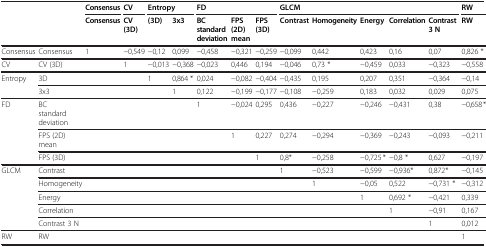
<table><thead><tr><td rowspan="2"><b> </b></td><td rowspan="2"><b> </b></td><td><b>Consensus</b></td><td><b>CV</b></td><td colspan="2"><b>Entropy</b></td><td colspan="3"><b>FD</b></td><td colspan="5"><b>GLCM</b></td><td><b>RW</b></td></tr><tr><td><b>Consensus</b></td><td><b>CV (3D)</b></td><td><b>(3D)</b></td><td><b>3x3</b></td><td><b>BC standard deviation</b></td><td><b>FPS (2D) mean</b></td><td><b>FPS (3D)</b></td><td><b>Contrast</b></td><td><b>Homogeneity</b></td><td><b>Energy</b></td><td><b>Correlation</b></td><td><b>Contrast 3 N</b></td><td><b>RW</b></td></tr></thead><tbody><tr><td>Consensus</td><td>Consensus</td><td>1</td><td>−0,549</td><td>−0,12</td><td>0,099</td><td>−0,458</td><td>−0,321</td><td>−0,259</td><td>−0,099</td><td>0,442</td><td>0,423</td><td>0,16</td><td>0,07</td><td>0,826 *</td></tr><tr><td>CV</td><td>CV (3D)</td><td> </td><td>1</td><td>−0,013</td><td>−0,368</td><td>−0,023</td><td>0,446</td><td>0,194</td><td>−0,046</td><td>0,73 *</td><td>−0,459</td><td>0,033</td><td>−0,323</td><td>−0,558</td></tr><tr><td rowspan="2">Entropy</td><td>3D</td><td> </td><td> </td><td>1</td><td>0,864 *</td><td>0,024</td><td>−0,082</td><td>−0,404</td><td>−0,435</td><td>0,195</td><td>0,207</td><td>0,351</td><td>−0,364</td><td>−0,14</td></tr><tr><td>3x3</td><td> </td><td> </td><td> </td><td>1</td><td>0,122</td><td>−0,199</td><td>−0,177</td><td>−0,108</td><td>−0,259</td><td>0,183</td><td>0,032</td><td>0,029</td><td>0,075</td></tr><tr><td rowspan="3">FD</td><td>BC standard deviation</td><td> </td><td> </td><td> </td><td> </td><td>1</td><td>−0,024</td><td>0,295</td><td>0,436</td><td>−0,227</td><td>−0,246</td><td>−0,431</td><td>0,38</td><td>−0,658 *</td></tr><tr><td>FPS (2D) mean</td><td> </td><td> </td><td> </td><td> </td><td> </td><td>1</td><td>0,227</td><td>0,274</td><td>−0,294</td><td>−0,369</td><td>−0,243</td><td>−0,093</td><td>−0,211</td></tr><tr><td>FPS (3D)</td><td> </td><td> </td><td> </td><td> </td><td> </td><td> </td><td>1</td><td>0,8*</td><td>−0,258</td><td>−0,725 *</td><td>−0,8 *</td><td>0,627</td><td>−0,197</td></tr><tr><td rowspan="5">GLCM</td><td>Contrast</td><td> </td><td> </td><td> </td><td> </td><td> </td><td> </td><td> </td><td>1</td><td>−0,523</td><td>−0,599</td><td>−0,936*</td><td>0,872*</td><td>−0,145</td></tr><tr><td>Homogeneity</td><td> </td><td> </td><td> </td><td> </td><td> </td><td> </td><td> </td><td> </td><td>1</td><td>−0,05</td><td>0,522</td><td>−0,731 *</td><td>−0,312</td></tr><tr><td>Energy</td><td> </td><td> </td><td> </td><td> </td><td> </td><td> </td><td> </td><td> </td><td> </td><td>1</td><td>0,692 *</td><td>−0,421</td><td>0,339</td></tr><tr><td>Correlation</td><td> </td><td> </td><td> </td><td> </td><td> </td><td> </td><td> </td><td> </td><td> </td><td> </td><td>1</td><td>−0,91</td><td>0,167</td></tr><tr><td>Contrast 3 N</td><td> </td><td> </td><td> </td><td> </td><td> </td><td> </td><td> </td><td> </td><td> </td><td> </td><td> </td><td>1</td><td>0,012</td></tr><tr><td>RW</td><td>RW</td><td> </td><td> </td><td> </td><td> </td><td> </td><td> </td><td> </td><td> </td><td> </td><td> </td><td> </td><td> </td><td>1</td></tr></tbody></table>